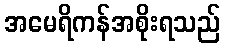
အမေရိကန်အစိုးရသည်